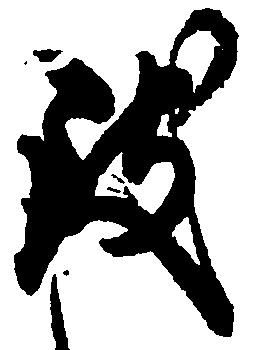
致